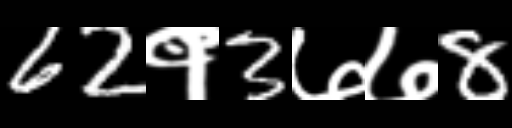
Text: 62१3७७8